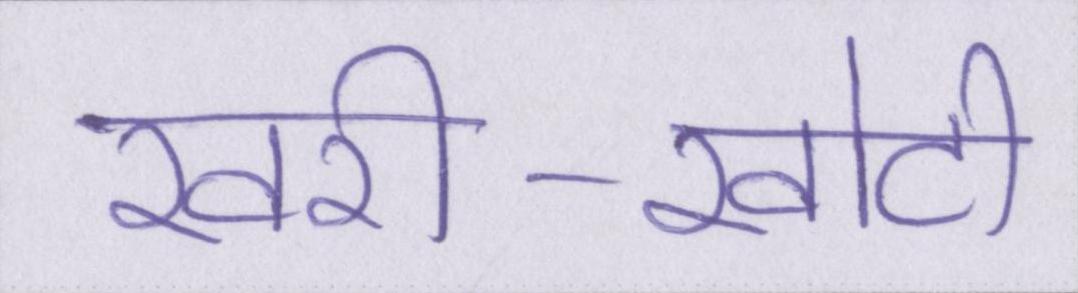
खरी-खोटी